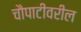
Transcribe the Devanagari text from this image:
चौपाटीवरील